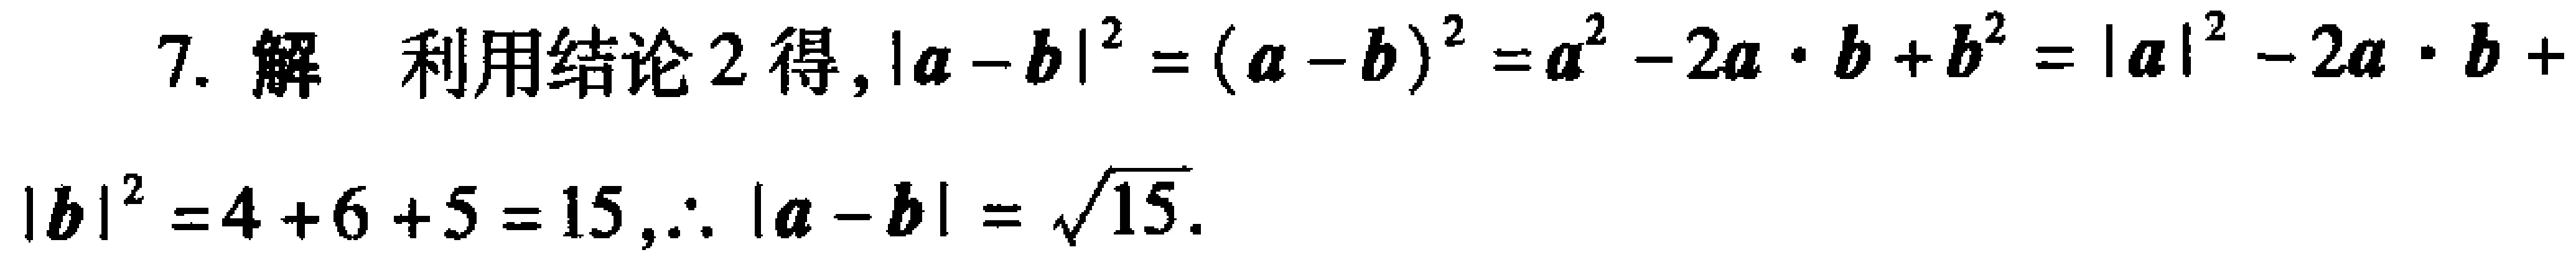
7. 解 利用结论 2 得, \(|\boldsymbol{a}-\boldsymbol{b}|^{2}=(\boldsymbol{a}-\boldsymbol{b})^{2}=\boldsymbol{a}^{2}-2\boldsymbol{a}\cdot\boldsymbol{b}+\boldsymbol{b}^{2}=|\boldsymbol{a}|^{2}-2\boldsymbol{a}\cdot\boldsymbol{b}+|\boldsymbol{b}|^{2}=4 + 6+5 = 15,\therefore|\boldsymbol{a}-\boldsymbol{b}|=\sqrt{15}\).